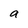
Character: 9